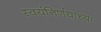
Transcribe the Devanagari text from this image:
स्वयंनिर्णयाच्या